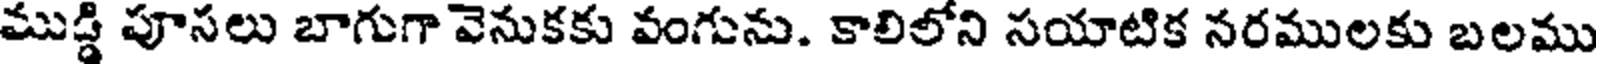
ముడ్డి పూసలు బాగుగా వెనుకకు వంగును. కాలిలోని సయాటిక నరములకు బలము